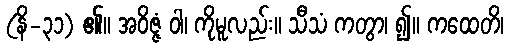
(နိ-၃၁) ၏။ အဝိဇ္ဇံ ဝါ၊ ကိုမူလည်း။ သီသံ ကတွာ၊ ၍။ ကထေတိ၊